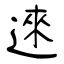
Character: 逨